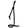
Digit: 1